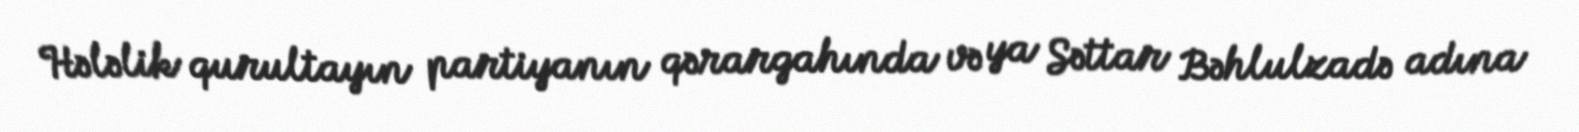
Hələlik qurultayın partiyanın qərargahında və ya Səttar Bəhlulzadə adına